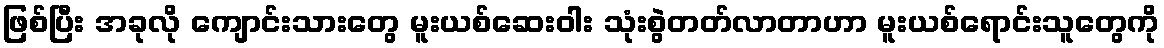
ဖြစ်ပြီး အခုလို ကျောင်းသားတွေ မူးယစ်ဆေးဝါး သုံးစွဲတတ်လာတာဟာ မူးယစ်ရောင်းသူတွေကို